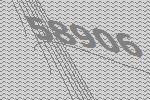
58906